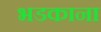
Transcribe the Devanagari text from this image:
भडकाना